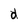
Character: d